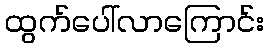
ထွက်ပေါ်လာကြောင်း